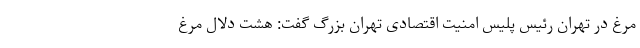
مرغ در تهران رئیس پلیس امنیت اقتصادی تهران بزرگ گفت: هشت دلال مرغ